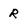
Character: R